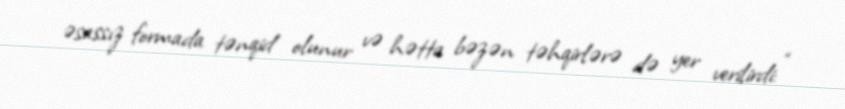
əsassız formada tənqid olunur və hətta bəzən təhqirlərə də yer verilirdi: “